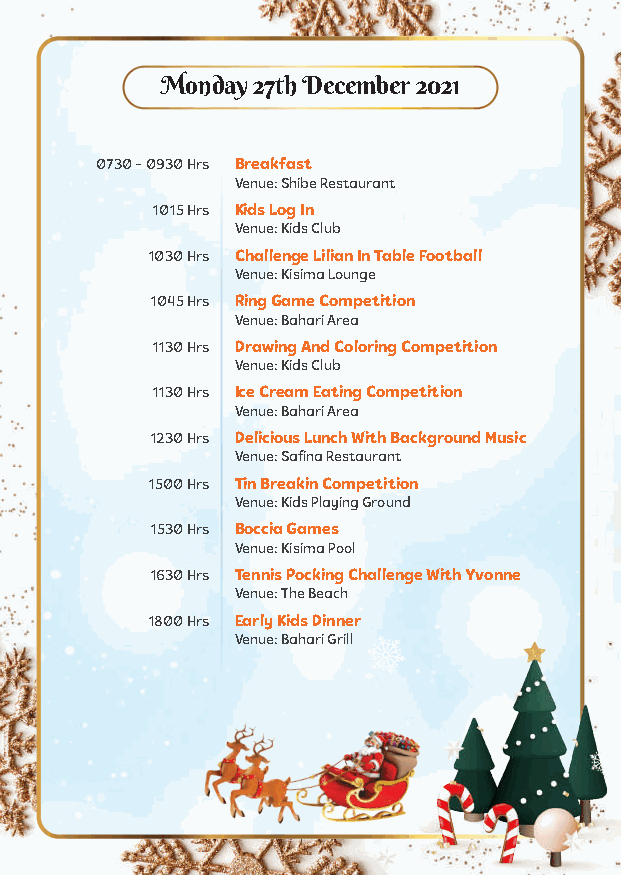
Monday 27th December 2021
 0730 - 0930 Hrs Breakfast
 Venue: Shibe Restaurant
 1015 Hrs Kids Log In
 Venue: Kids Club
 1030 Hrs Challenge Lilian In Table Football
 Venue: Kisima Lounge
 1045 Hrs Ring Game Competition
 Venue: Bahari Area
 1130 Hrs Drawing And Coloring Competition
 Venue: Kids Club
 1130 Hrs Ice Cream Eating Competition
 Venue: Bahari Area
 1230 Hrs Delicious Lunch With Background Music
 Venue: Safina Restaurant
 1500 Hrs Tin Breakin Competition
 Venue: Kids Playing Ground
 1530 Hrs Boccia Games
 Venue: Kisima Pool
 1630 Hrs Tennis Pocking Challenge With Yvonne
 Venue: The Beach
 1800 Hrs Early Kids Dinner
 Venue: Bahari Grill